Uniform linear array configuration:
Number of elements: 16
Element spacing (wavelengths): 1
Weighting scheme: cosine
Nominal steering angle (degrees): -60
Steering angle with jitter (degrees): -60.25
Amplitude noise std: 0.05
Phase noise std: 0.05

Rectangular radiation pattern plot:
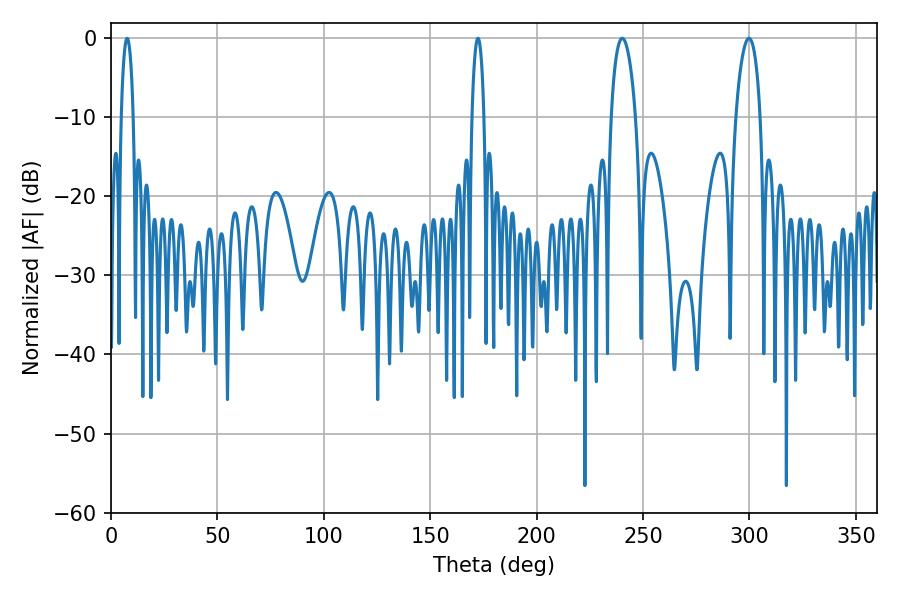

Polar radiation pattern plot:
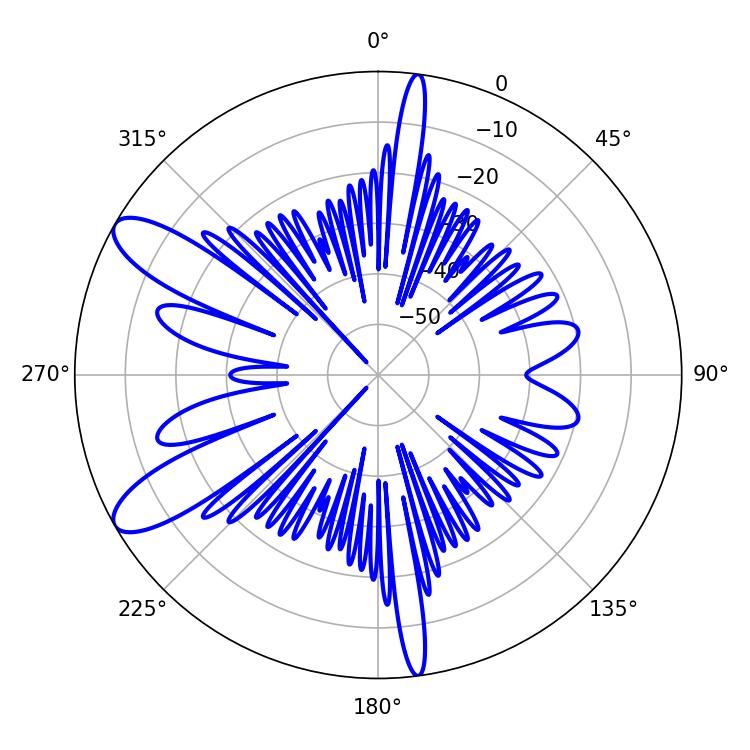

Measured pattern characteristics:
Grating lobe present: TRUE
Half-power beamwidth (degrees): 3.24
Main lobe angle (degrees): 7.56